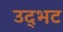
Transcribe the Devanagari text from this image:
उद्‌भट